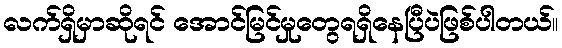
လက်ရှိမှာဆိုရင် အောင်မြင်မှုတွေရရှိနေပြီပဲဖြစ်ပါတယ်။